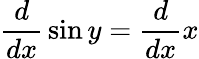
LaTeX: {\frac{d}{dx}}\sin y={\frac{d}{dx}}x